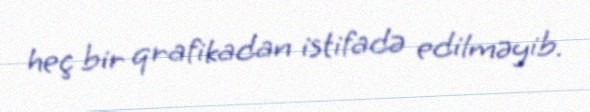
heç bir qrafikadan istifadə edilməyib.